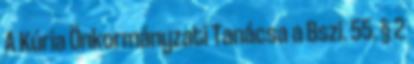
A Kúria Önkormányzati Tanácsa a Bszi. 55. § 2